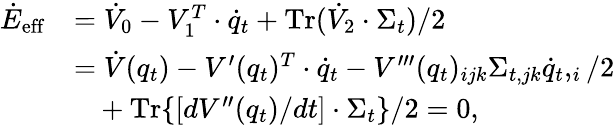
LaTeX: \begin{array}{rl}{\dot{E}_{\mathrm{eff}}}&{=\dot{V}_{0}-V_{1}^{T}\cdot\dot{q}_{t}+\operatorname{Tr}(\dot{V}_{2}\cdot\Sigma_{t})/2}\\ &{=\dot{V}(q_{t})-V^{\prime}(q_{t})^{T}\cdot\dot{q}_{t}-V^{\prime\prime\prime}(q_{t})_{ijk}\Sigma_{t,jk}\dot{q}_{t},_{i}/2}\\ &{~~~+\operatorname{Tr}\{ [dV^{\prime\prime}(q_{t})/dt]\cdot\Sigma_{t}\} /2=0,}\end{array}